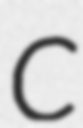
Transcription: C